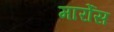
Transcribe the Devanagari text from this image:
मार्रोस